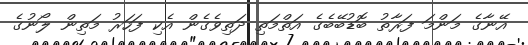
އޭނާގެ މަންމަ ފަރާތު ބޮޑުބޭބެގެ އަތްމަތި ދަތިވެގެން އެކި ފަހަރު މަތިން ލޯނުގެ